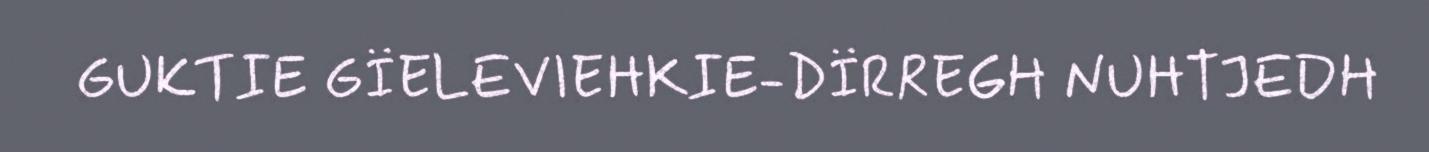
GUKTIE GÏELEVIEHKIE-DÏRREGH NUHTJEDH